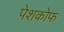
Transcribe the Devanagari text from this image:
पेशकोफ